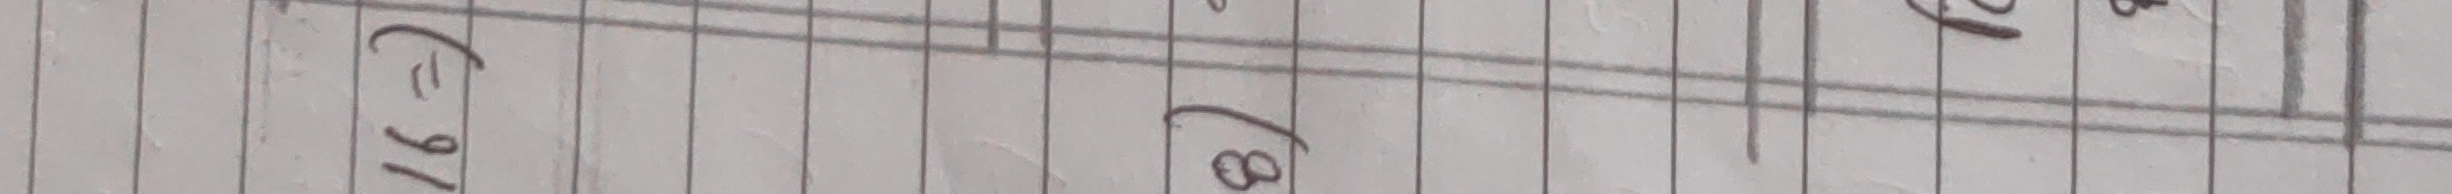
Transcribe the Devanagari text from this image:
(II) १६ (८) ९५